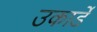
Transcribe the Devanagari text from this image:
उकार्डे